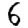
Digit: 6